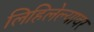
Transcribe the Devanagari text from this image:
लिहिलेल्यावर